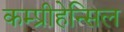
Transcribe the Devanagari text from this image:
कम्प्रीहेन्सिल